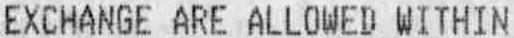
EXCHANGE ARE ALLOWED WITHIN